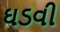
ઘડવી